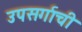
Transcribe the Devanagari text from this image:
उपसर्गाची